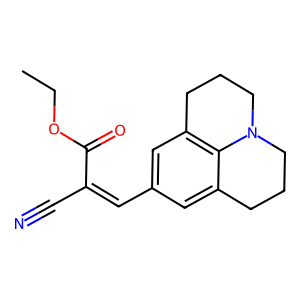
SMILES: CCOC(=O)C(C#N)=Cc1cc2c3c(c1)CCCN3CCC2
Inhibits HIV replication: No